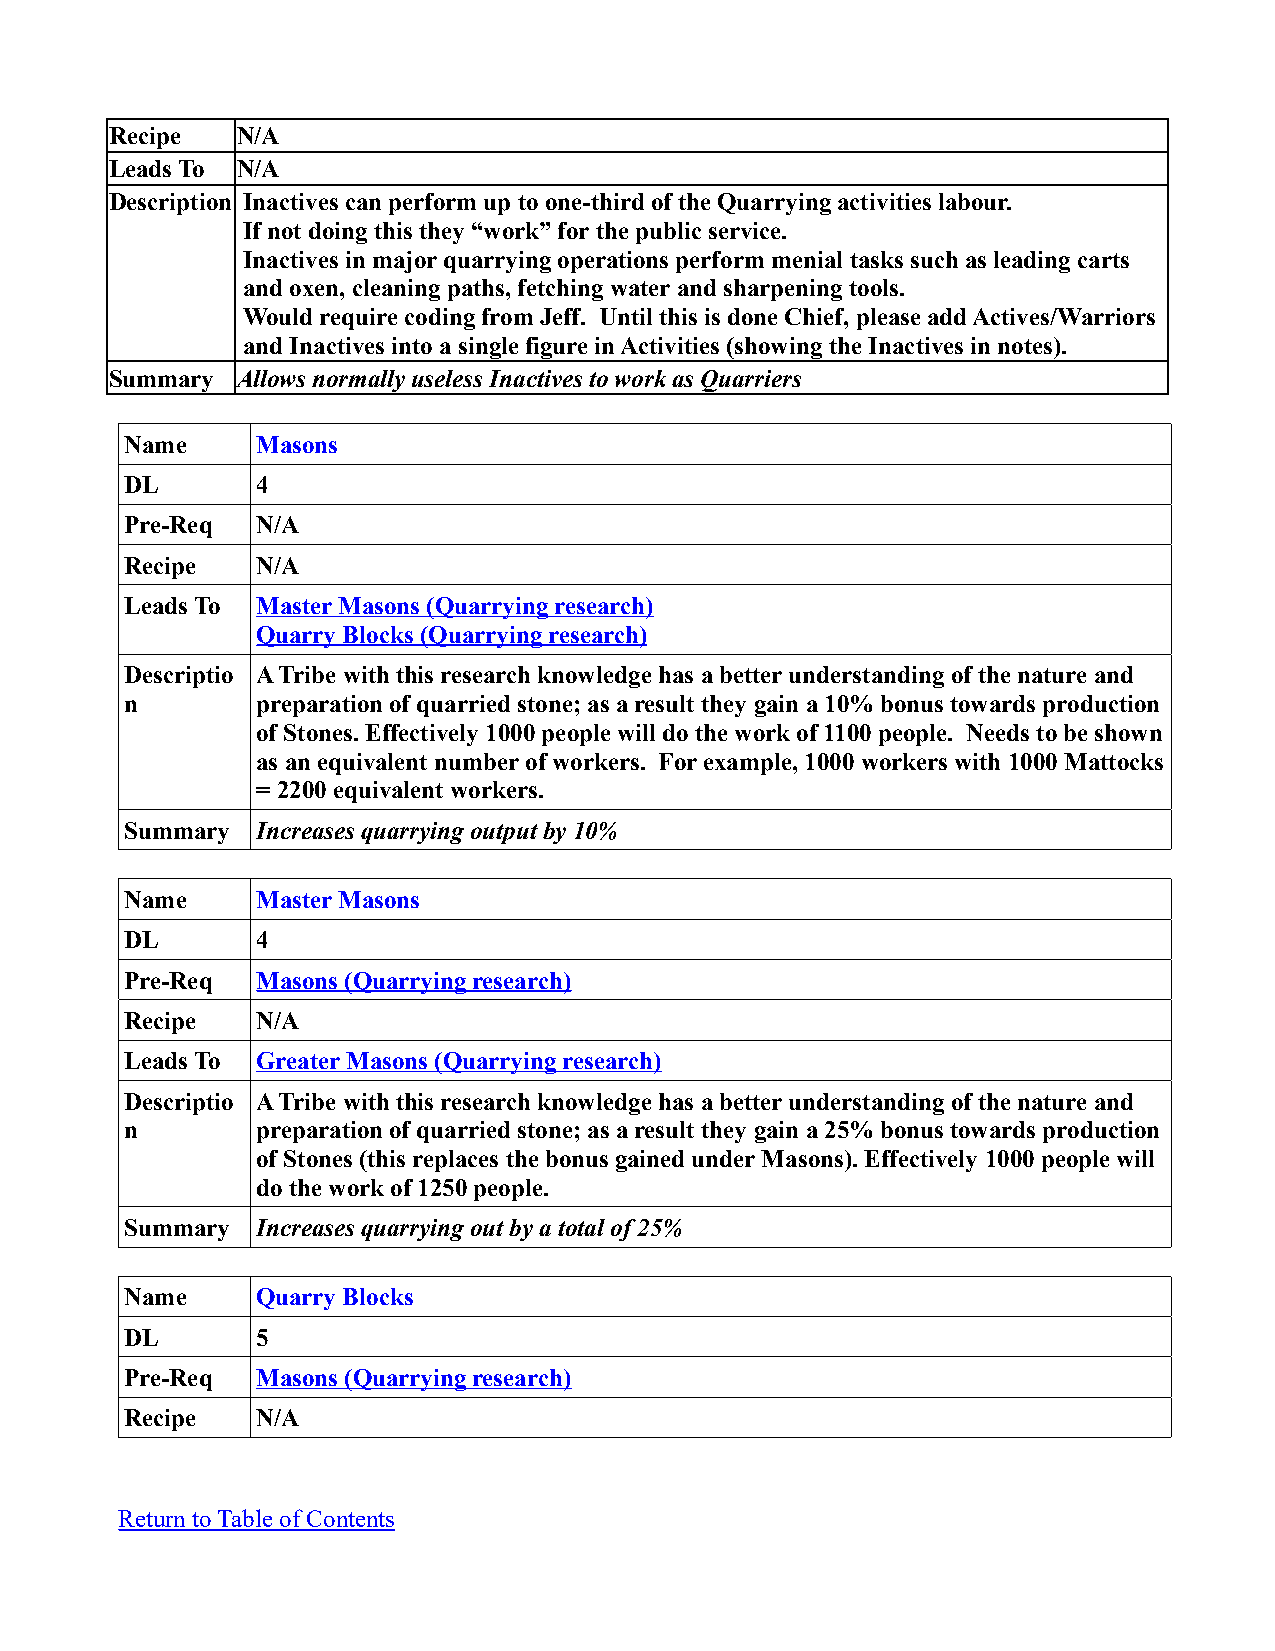
Recipe   N/A
 Leads To N/A
 Description Inactives can perform up to one-third of the Quarrying activities labour.
 If not doing this they “work” for the public service.
 Inactives in major quarrying operations perform menial tasks such as leading carts
 and oxen, cleaning paths, fetching water and sharpening tools.
 Would require coding from Jeff. Until this is done Chief, please add Actives/Warriors
 and Inactives into a single figure in Activities (showing the Inactives in notes).
 Summary  Allows normally useless Inactives to work as Quarriers
 Name     Masons
 DL       4
 Pre-Req  N/A
 Recipe   N/A
 Leads To Master Masons (Quarrying research)
 Quarry Blocks (Quarrying research)
 Descriptio A Tribe with this research knowledge has a better understanding of the nature and
 n        preparation of quarried stone; as a result they gain a 10% bonus towards production
 of Stones. Effectively 1000 people will do the work of 1100 people. Needs to be shown
 as an equivalent number of workers. For example, 1000 workers with 1000 Mattocks
 = 2200 equivalent workers.
 Summary  Increases quarrying output by 10%
 Name     Master Masons
 DL       4
 Pre-Req  Masons (Quarrying research)
 Recipe   N/A
 Leads To Greater Masons (Quarrying research)
 Descriptio A Tribe with this research knowledge has a better understanding of the nature and
 n        preparation of quarried stone; as a result they gain a 25% bonus towards production
 of Stones (this replaces the bonus gained under Masons). Effectively 1000 people will
 do the work of 1250 people.
 Summary  Increases quarrying out by a total of 25%
 Name     Quarry Blocks
 DL       5
 Pre-Req  Masons (Quarrying research)
 Recipe   N/A
 Return to Table of Contents